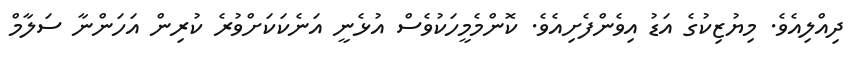
ދިއްލިއެވެ. މިޔުޒިކުގެ އަޑު އިވެންފެށިއެވެ. ކޮންމެމީހަކުވެސް އުޅެނީ އަނެކަކަށްވުރެ ކުރިން އަހަންނާ ސަލާމް